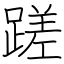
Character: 蹉